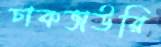
চাকভাউরি